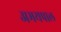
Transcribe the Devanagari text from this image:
अभयपाल